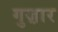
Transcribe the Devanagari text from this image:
गुज़़ार